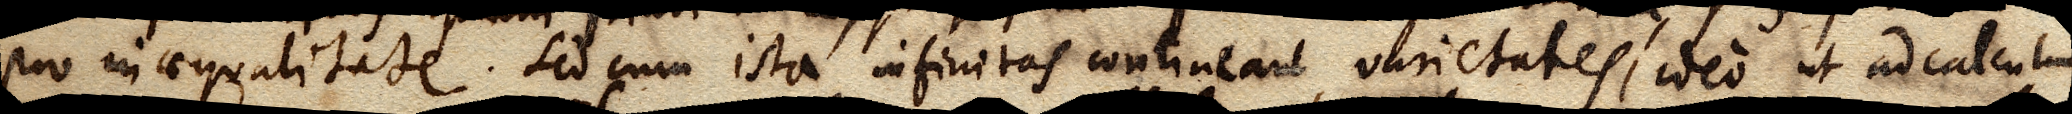
pro inaequalitate. Sed cum ista infinitas contineant varietates, ideo ut ad calculum